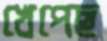
খেপেছ